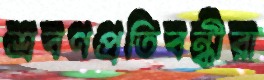
শ্রবণপ্রতিবন্ধীরা